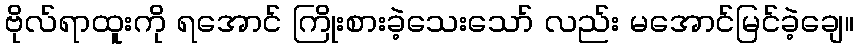
ဗိုလ်ရာထူးကို ရအောင် ကြိုးစားခဲ့သေးသော် လည်း မအောင်မြင်ခဲ့ချေ။